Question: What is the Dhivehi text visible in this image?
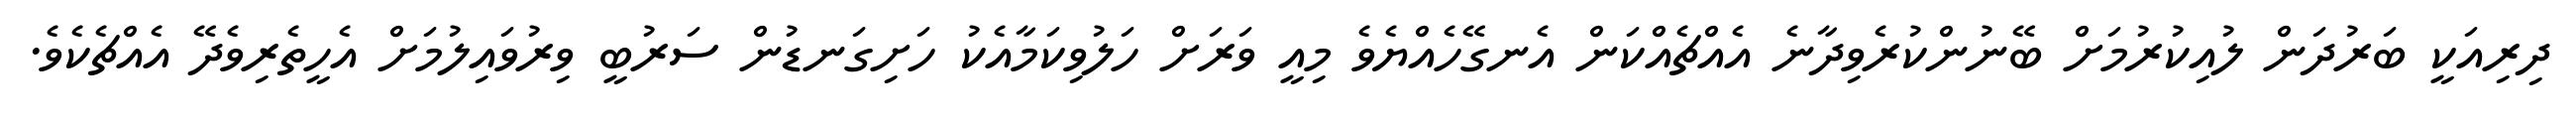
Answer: ދިރިއަކީ ބަރުދަން ލުއިކުރުމަށް ބޭނުންކުރެވިދާނެ އެއްޗެއްކަން އެނގޭހެއްޔެވެ މިއީ ވަރަށް ހަލުވިކަމާއެކު ހަށިގަނޑުން ސަރުބީ ވިރުވައިލުމަށް އެހީތެރިވެދޭ އެއްޗެކެވެ.